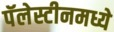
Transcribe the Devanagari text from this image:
पॅलेस्टीनमध्ये